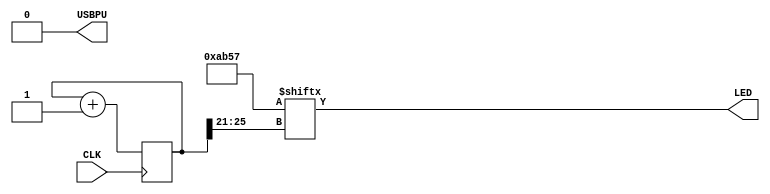
module top (
    input CLK,    // 16MHz clock
    output LED,   // User LED
    output USBPU  // USB pull-up resistor
);
    // drive USB pull-up resistor to '0' to disable USB
    assign USBPU = 0;

    // blink circuit:

    // register driver
    reg [25:0] blink_counter;

    // wire driver
    // led pattern
    wire [21:0] blink_pattern = 22'b01010101101010111;

    always @(posedge CLK) begin
        // increment blink_counter
        blink_counter <= blink_counter + 1;
    end
    
    // light up the LED according to the pattern
    assign LED = blink_pattern[blink_counter[25:21]];
endmodule